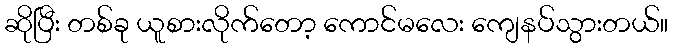
ဆိုပြီး တစ်ခု ယူစားလိုက်တော့ ကောင်မလေး ကျေနပ်သွားတယ်။